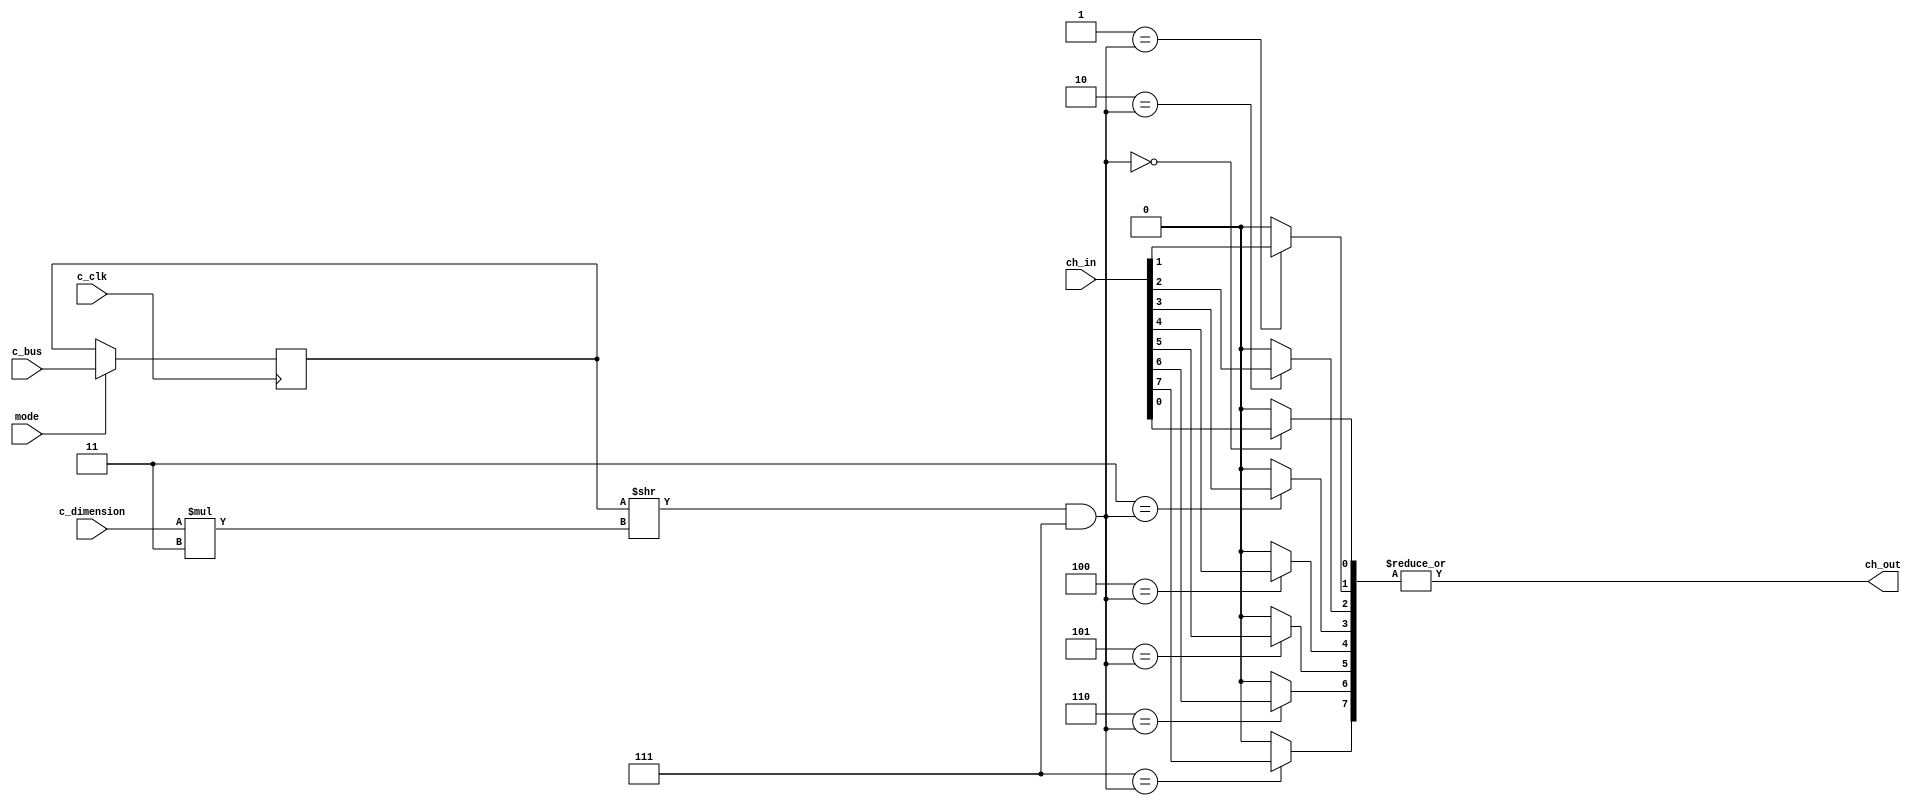
/* ********************************************************************************************* */
/* * NovaCORE Inner Switch Box Modules                                                         * */
/* * Multi-Dimensional Multiplexer                                                             * */
/* ********************************************************************************************* */
/* * Copyright (c) 2017 Andr Bannwart Perina                                                  * */
/* *                                                                                           * */
/* * Permission is hereby granted, free of charge, to any person obtaining a copy of this      * */
/* * software and associated documentation files (the "Software"), to deal in the Software     * */
/* * without restriction, including without limitation the rights to use, copy, modify,        * */
/* * merge, publish, distribute, sublicense, and/or sell copies of the Software, and to        * */
/* * permit persons to whom the Software is furnished to do so, subject to the following       * */
/* * conditions:                                                                               * */
/* *                                                                                           * */
/* * The above copyright notice and this permission notice shall be included in all copies     * */
/* * or substantial portions of the Software.                                                  * */
/* *                                                                                           * */
/* * THE SOFTWARE IS PROVIDED "AS IS", WITHOUT WARRANTY OF ANY KIND, EXPRESS OR IMPLIED,       * */
/* * INCLUDING BUT NOT LIMITED TO THE WARRANTIES OF MERCHANTABILITY, FITNESS FOR A PARTICULAR  * */
/* * PURPOSE AND NONINFRINGEMENT. IN NO EVENT SHALL THE AUTHORS OR COPYRIGHT HOLDERS BE LIABLE * */
/* * FOR ANY CLAIM, DAMAGES OR OTHER LIABILITY, WHETHER IN AN ACTION OF CONTRACT, TORT OR      * */
/* * OTHERWISE, ARISING FROM, OUT OF OR IN CONNECTION WITH THE SOFTWARE OR THE USE OR OTHER    * */
/* * DEALINGS IN THE SOFTWARE.                                                                 * */
/* ********************************************************************************************* */

/* Configuration bus offsets */
/* Mux switch */
`define C_BUS_MUX_VALUE c_bus[(DIMENSION*CH_IN_WIDTH_WIDTH)-1:0]

/* Configuration register offsets */
`define CONFIGREG_MUX_VALUE configReg[(DIMENSION*CH_IN_WIDTH_WIDTH)-1:0]

module MDimMux#(
		/* Number of dimensions */
		parameter DIMENSION = 4,
		/* Channel width */
		parameter CH_IN_WIDTH = 8,
		/* ceil(log2(DIMENSION - 1)) */
		parameter DIMENSION_WIDTH = 2,
		/* ceil(log2(CH_IN_WIDTH - 1)) */
		parameter CH_IN_WIDTH_WIDTH = 3
	) (
		/* Configuration IO */
		mode,
		c_clk,
		c_bus,
		c_dimension,

		/* Regular IO */
		ch_in,
		ch_out
	);

	/* Size of configuration word */
	parameter CONFIG_WORD_WIDTH = DIMENSION*CH_IN_WIDTH_WIDTH;

	/* Configuration IO */
	input mode;
	input c_clk;
	input [CONFIG_WORD_WIDTH-1:0] c_bus;
	input [DIMENSION_WIDTH-1:0] c_dimension;

	/* Regular IO */
	input [CH_IN_WIDTH-1:0] ch_in;
	output ch_out;

	/* Configuration register */
	reg [CONFIG_WORD_WIDTH-1:0] configReg;

	wire [CH_IN_WIDTH-1:0] muxWires;

	/* Configuration register write block */
	always @(posedge c_clk) begin
		if(mode) begin
			`CONFIGREG_MUX_VALUE = `C_BUS_MUX_VALUE;
		end
	end

	/* Generate block */
	genvar i;
	generate
		for(i = 0; i < CH_IN_WIDTH; i = i+1) begin : muxWiresGen
			assign muxWires[i] = (i == ((`CONFIGREG_MUX_VALUE >> (c_dimension * CH_IN_WIDTH_WIDTH)) & CH_IN_WIDTH-1))? ch_in[i] : 1'b0;
		end
	endgenerate

	/* OR-Reduce wires assigned by generate block, generating a multiplexer */
	assign ch_out = (| muxWires);

endmodule